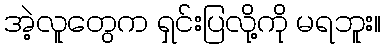
အဲ့လူတွေက ရှင်းပြလို့ကို မရဘူး။